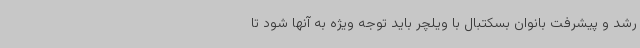
رشد و پیشرفت بانوان بسکتبال با ویلچر باید توجه ویژه به آنها شود تا